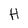
Character: H